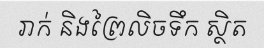
រាក់ និងព្រៃលិចទឹក ស្ថិត